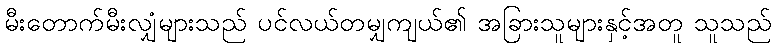
မီးတောက်မီးလျှံများသည် ပင်လယ်တမျှကျယ်၏ အခြားသူများနှင့်အတူ သူသည်